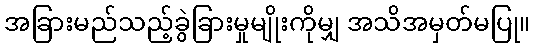
အခြားမည်သည့်ခွဲခြားမှုမျိုးကိုမျှ အသိအမှတ်မပြု။